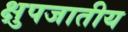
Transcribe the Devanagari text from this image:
क्षुपजातीय